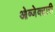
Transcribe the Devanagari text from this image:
ओब्जेक्टारी